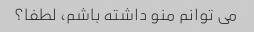
می توانم منو داشته باشم، لطفا؟